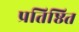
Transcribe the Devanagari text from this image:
प्रतिष्ठित